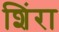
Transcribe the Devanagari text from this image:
शिंरा